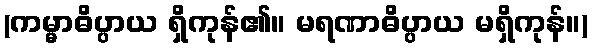
(ကမ္မာဓိပ္ပာယ ရှိကုန်၏။ မရဏာဓိပ္ပာယ မရှိကုန်။)